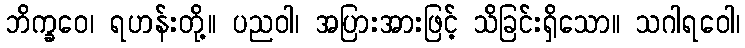
ဘိက္ခဝေ၊ ရဟန်းတို့။ ပညဝါ၊ အပြားအားဖြင့် သိခြင်းရှိသော။ သဂါရဝေါ၊